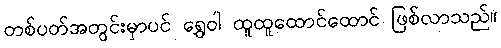
တစ်ပတ်အတွင်းမှာပင် ရွှေဝါ ထူထူထောင်ထောင် ဖြစ်လာသည်။